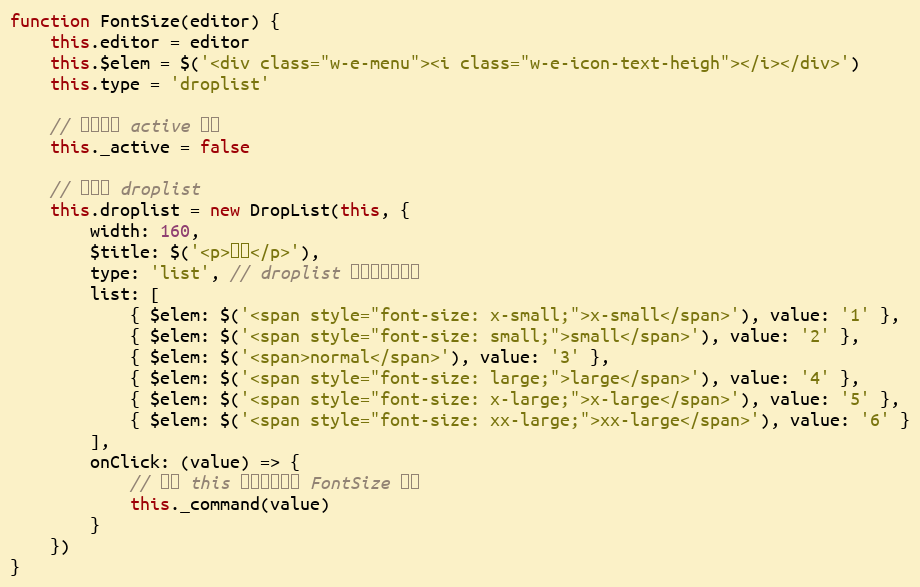
Language: JavaScript
function FontSize(editor) {
    this.editor = editor
    this.$elem = $('<div class="w-e-menu"><i class="w-e-icon-text-heigh"></i></div>')
    this.type = 'droplist'

    // 当前是否 active 状态
    this._active = false

    // 初始化 droplist
    this.droplist = new DropList(this, {
        width: 160,
        $title: $('<p>字号</p>'),
        type: 'list', // droplist 以列表形式展示
        list: [
            { $elem: $('<span style="font-size: x-small;">x-small</span>'), value: '1' },
            { $elem: $('<span style="font-size: small;">small</span>'), value: '2' },
            { $elem: $('<span>normal</span>'), value: '3' },
            { $elem: $('<span style="font-size: large;">large</span>'), value: '4' },
            { $elem: $('<span style="font-size: x-large;">x-large</span>'), value: '5' },
            { $elem: $('<span style="font-size: xx-large;">xx-large</span>'), value: '6' }
        ],
        onClick: (value) => {
            // 注意 this 是指向当前的 FontSize 对象
            this._command(value)
        }
    })
}